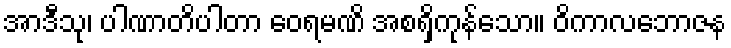
အာဒီသု၊ ပါဏာတိပါတာ ဝေရမဏိ အစရှိကုန်သော။ ဝိကာလဘောဇန